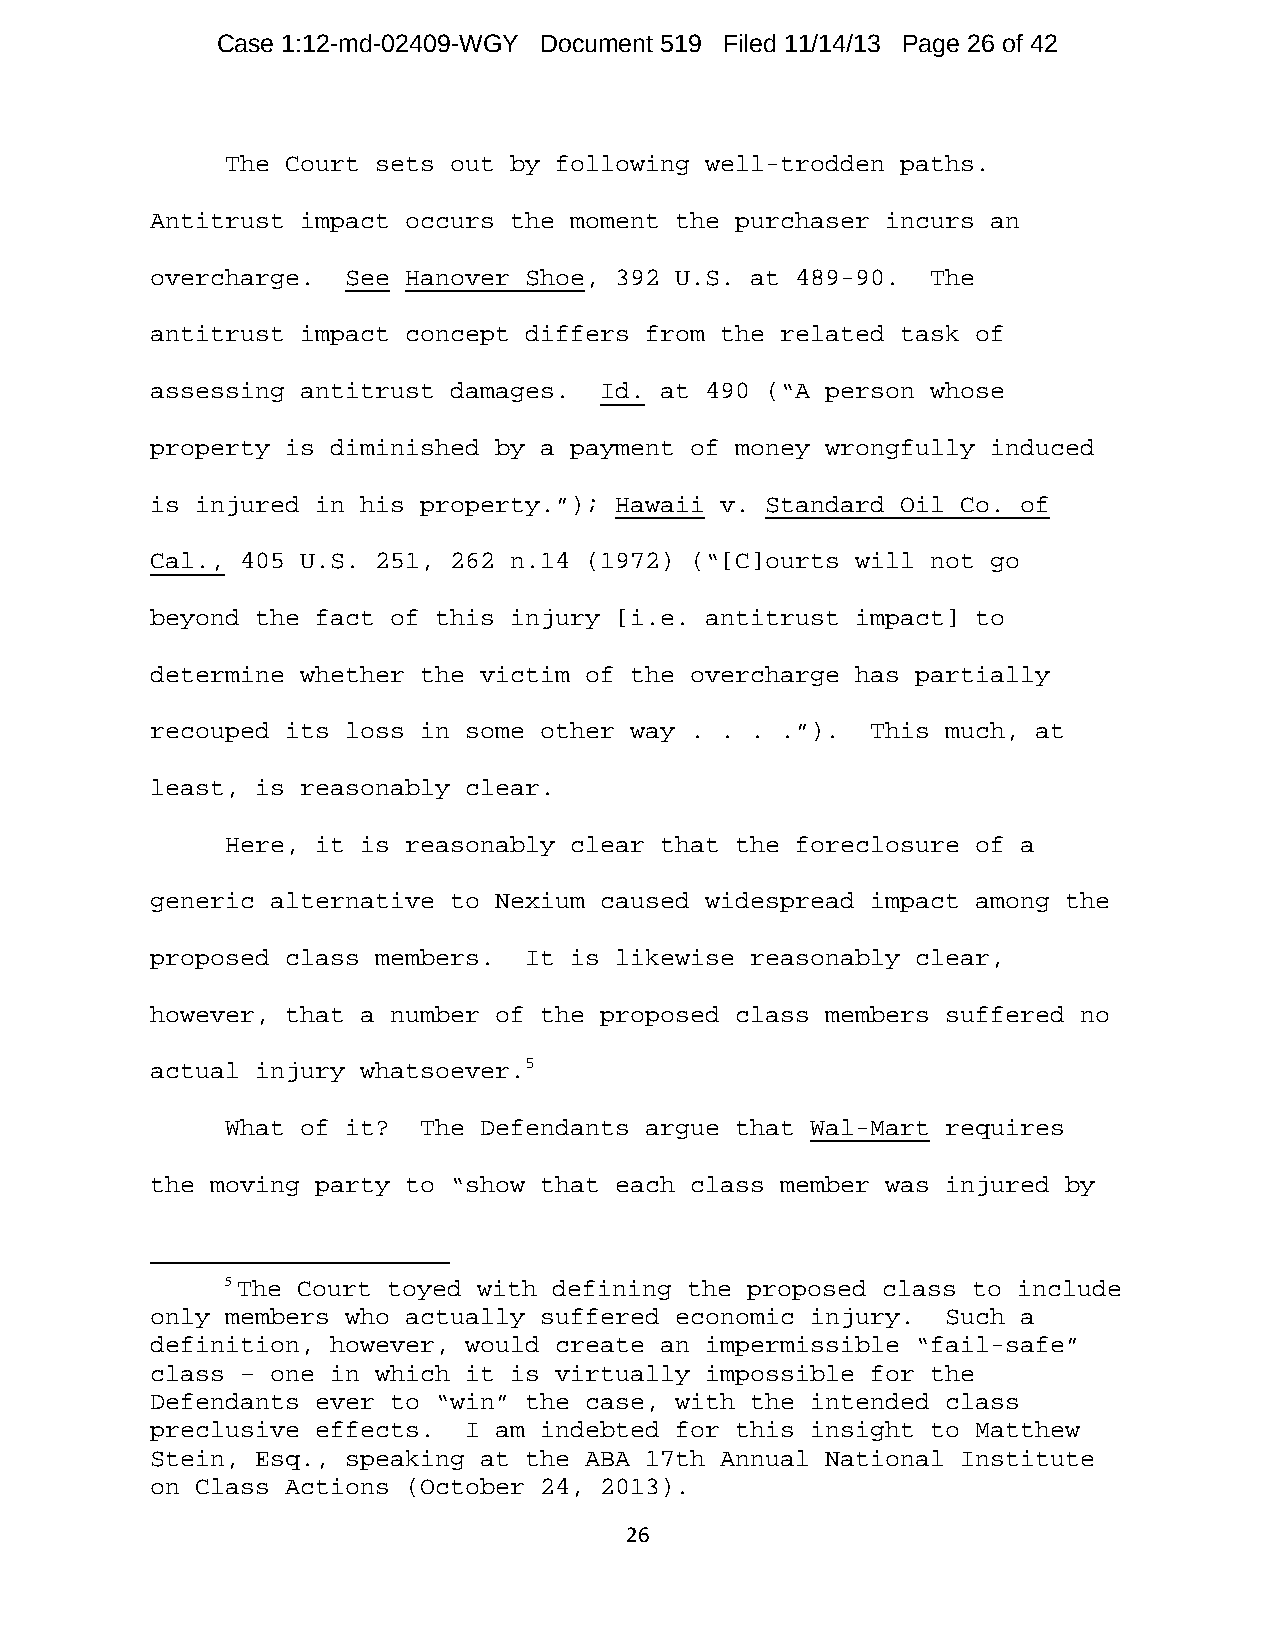
Case 1:12-md-02409-WGY Document 519 Filed 11/14/13 Page 26 of 42
 The Court sets out by following well-trodden paths.
 Antitrust impact occurs the moment the purchaser incurs an
 overcharge.  See Hanover Shoe, 392 U.S. at 489-90.  The
 antitrust impact concept differs from the related task of
 assessing antitrust damages.  Id. at 490 (“A person whose
 property is diminished by a payment of money wrongfully induced
 is injured in his property.”); Hawaii v. Standard Oil Co. of
 Cal., 405 U.S. 251, 262 n.14 (1972) (“[C]ourts will not go
 beyond the fact of this injury [i.e. antitrust impact] to
 determine whether the victim of the overcharge has partially
 recouped its loss in some other way . . . .”).  This much, at
 least, is reasonably clear.
 Here, it is reasonably clear that the foreclosure of a
 generic alternative to Nexium caused widespread impact among the
 proposed class members.  It is likewise reasonably clear,
 however, that a number of the proposed class members suffered no
 actual injury whatsoever.5
 What of it?  The Defendants argue that Wal-Mart requires
 the moving party to “show that each class member was injured by
 5 The Court toyed with defining the proposed class to include
 only members who actually suffered economic injury.  Such a
 definition, however, would create an impermissible “fail-safe”
 class – one in which it is virtually impossible for the
 Defendants ever to “win” the case, with the intended class
 preclusive effects.  I am indebted for this insight to Matthew
 Stein, Esq., speaking at the ABA 17th Annual National Institute
 on Class Actions (October 24, 2013).
 26